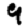
Digit: 9